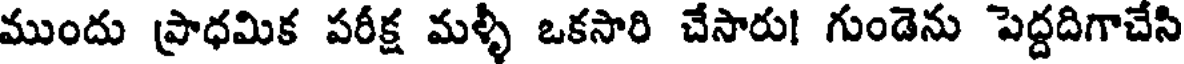
ముందు ప్రాధమిక పరీక్ష మళ్ళీ ఒకసారి చేసారు! గుండెను పెద్దదిగాచేసి